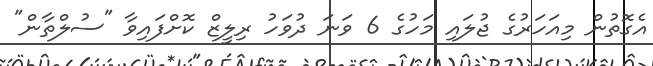
އެގޮތުން މިއަހަރުގެ ޖުލައި މަހުގެ 6 ވަނަ ދުވަހު ރިލީޒް ކޮށްފައިވާ "ސުލްތާން"